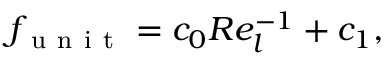
f _ { \mathrm { ~ u ~ n ~ i ~ t ~ } } = c _ { 0 } R e _ { l } ^ { - 1 } + c _ { 1 } ,